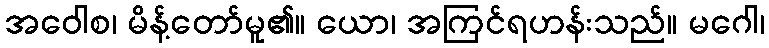
အဝေါစ၊ မိန့်တော်မူ၏။ ယော၊ အကြင်ရဟန်းသည်။ မဂေါ၊